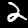
Label: 2